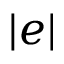
| e |